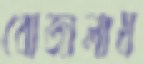
বোজালাম